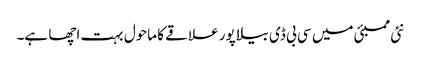
نئی ممبئی میں سی بی ڈی بیلا پور علاقے کا ماحول بہت اچھا ہے۔